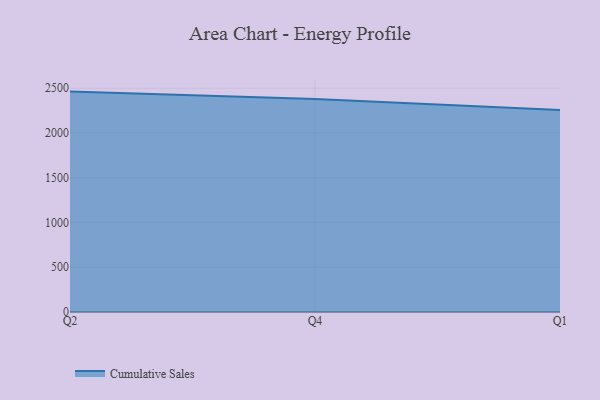
{"axis": {"x": "Quarter", "y": "Budget (USD K)"}, "legend": ["Cumulative Sales"], "data": [{"x": "Q2", "y": 2462.0, "type": "Cumulative Sales"}, {"x": "Q4", "y": 2379.0, "type": "Cumulative Sales"}, {"x": "Q1", "y": 2255.4, "type": "Cumulative Sales"}]}